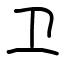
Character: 卫